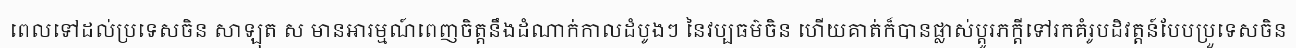
ពេលទៅដល់ប្រទេសចិន សាឡុត ស មានអារម្មណ៍ពេញចិត្តនឹងដំណាក់កាលដំបូងៗ នៃវប្បធម៌ចិន ហើយគាត់ក៏បានផ្លាស់ប្តូរភក្តីទៅរកគំរូបដិវត្តន៍បែបប្រួទេសចិន